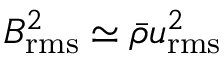
B _ { \mathrm { r m s } } ^ { 2 } \simeq { \bar { \rho } } u _ { \mathrm { r m s } } ^ { 2 }